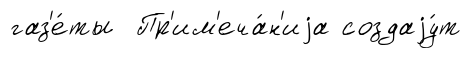
газ'е́ты Пр'им'еча́н'иjа создаjу́т